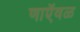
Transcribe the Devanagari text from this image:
णाऍवळ